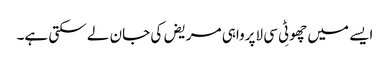
ایسے میں چھوٹِی سی لاپرواہی مریض کی جان لے سکتی ہے۔